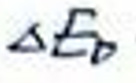
$\Delta E_{p}$